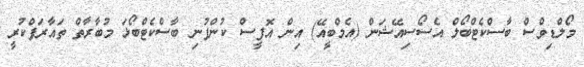
މޯލްޑިވްސް ބާސްކެޓްބޯލް އެސޯސިއޭޝަން (އެމްބީއޭ) އިން އޮފީސް ކުންފުނި ބާސްކެޓްބޯޅަ މުބާރާތް ތައާރަފްކުރީ